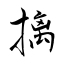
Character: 摛